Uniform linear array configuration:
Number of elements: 48
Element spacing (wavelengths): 0.25
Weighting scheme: hamming
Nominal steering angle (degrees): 45
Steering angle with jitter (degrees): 45.473
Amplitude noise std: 0.05
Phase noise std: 0.05

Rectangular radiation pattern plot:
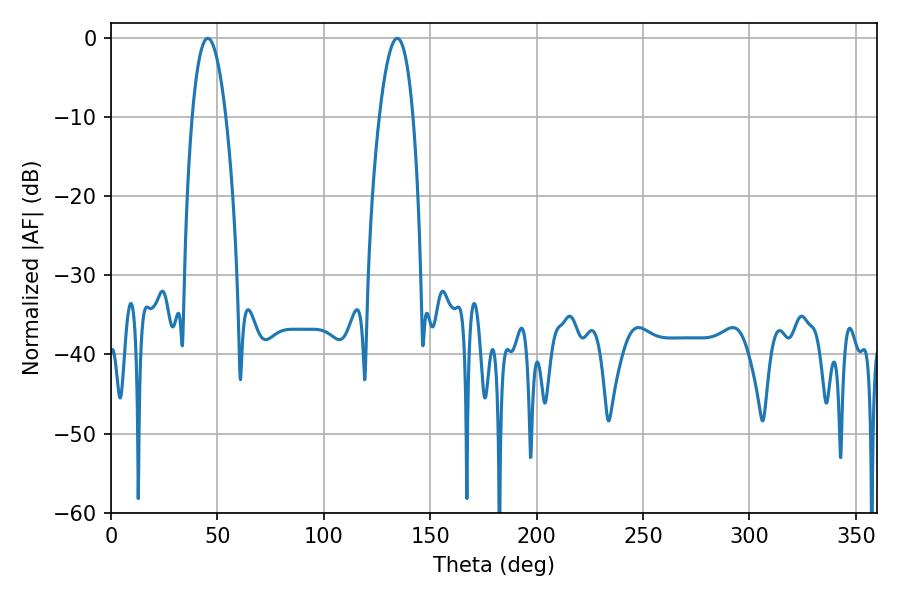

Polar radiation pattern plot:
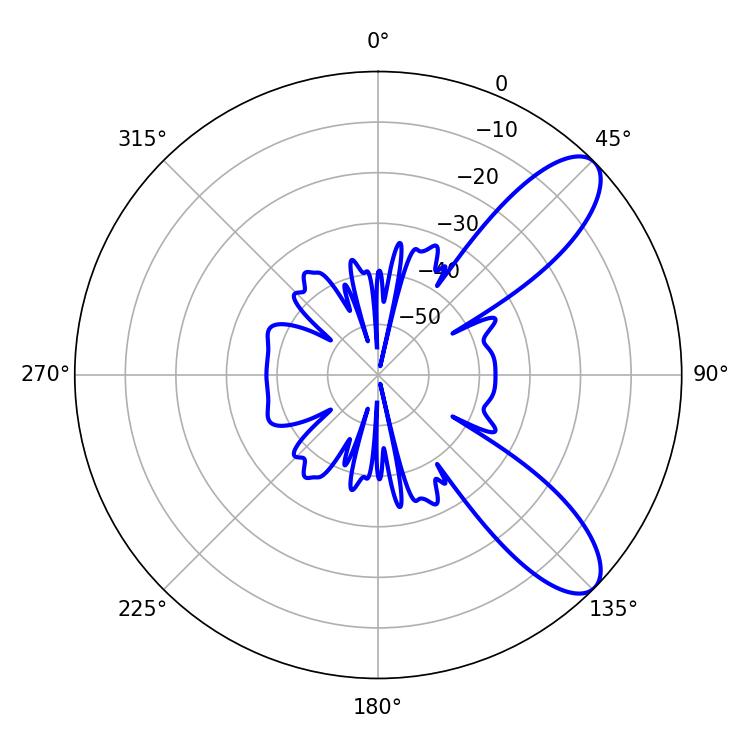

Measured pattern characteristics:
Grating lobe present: FALSE
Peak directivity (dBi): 9.307
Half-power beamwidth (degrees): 8.82
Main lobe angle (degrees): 45.54